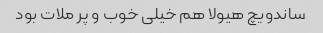
ساندویچ هیولا هم خیلی خوب و پر ملات بود